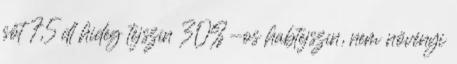
sőt 7,5 dl hideg tejszín 30%-os habtejszín, nem növényi